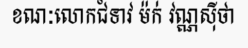
ខណៈលោកជំទាវ ម៉ក់ វណ្ណស៊ីថា